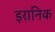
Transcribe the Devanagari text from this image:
इरानिक